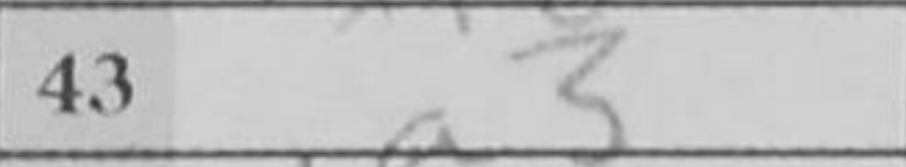
Transcription: a3